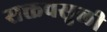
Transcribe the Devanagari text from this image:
सक्तवसुली